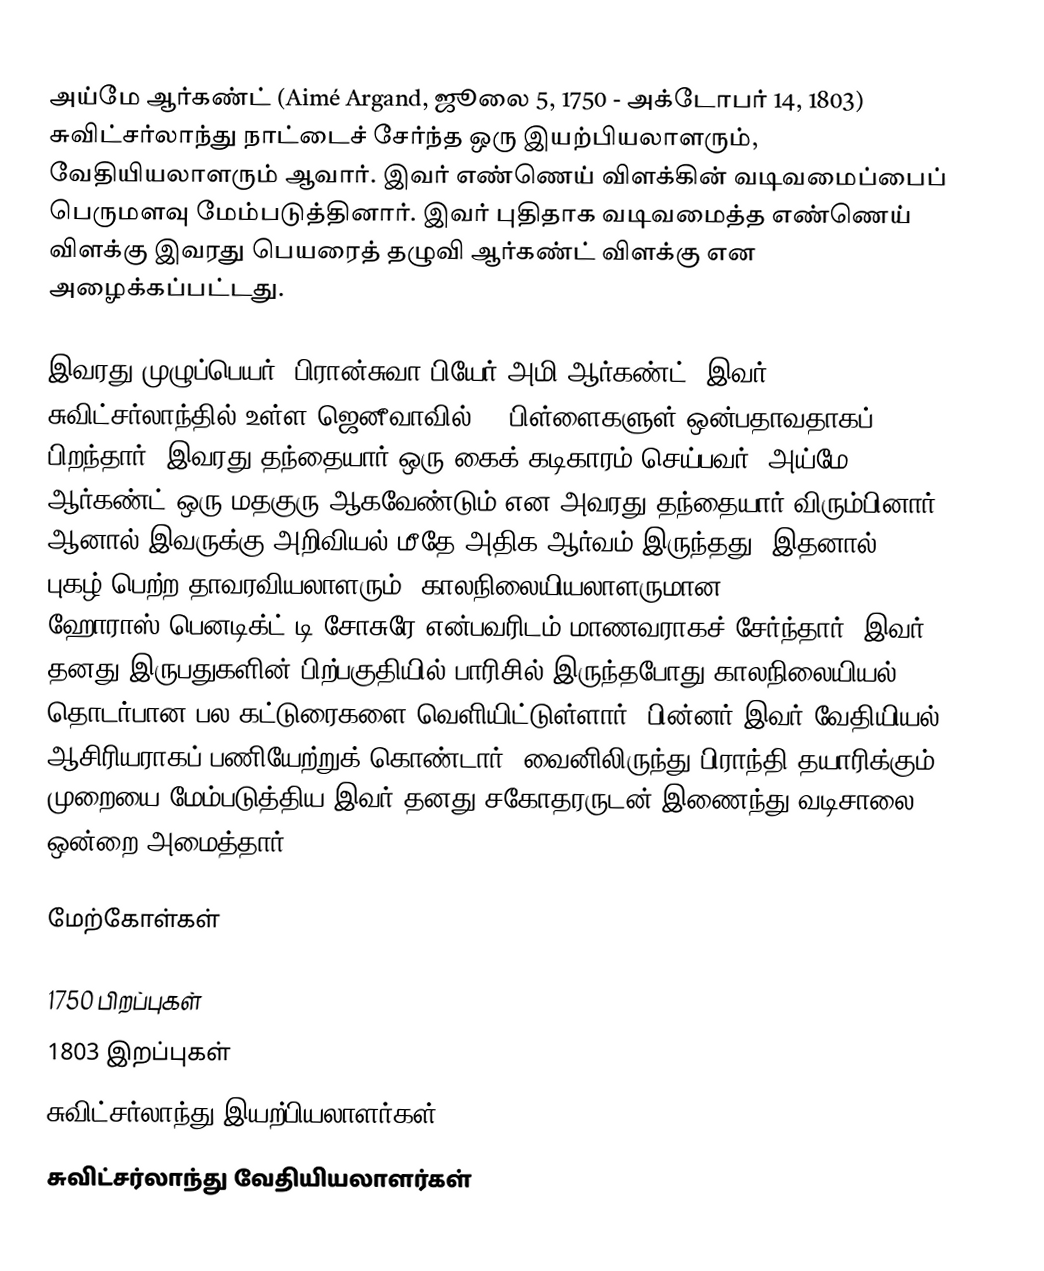
அய்மே ஆர்கண்ட் (Aimé Argand, ஜூலை 5, 1750 - அக்டோபர் 14, 1803) சுவிட்சர்லாந்து நாட்டைச் சேர்ந்த ஒரு இயற்பியலாளரும், வேதியியலாளரும் ஆவார். இவர் எண்ணெய் விளக்கின் வடிவமைப்பைப் பெருமளவு மேம்படுத்தினார். இவர் புதிதாக வடிவமைத்த எண்ணெய் விளக்கு இவரது பெயரைத் தழுவி ஆர்கண்ட் விளக்கு என அழைக்கப்பட்டது.

இவரது முழுப்பெயர், பிரான்சுவா பியேர் அமி ஆர்கண்ட். இவர் சுவிட்சர்லாந்தில் உள்ள ஜெனீவாவில் 10 பிள்ளைகளுள் ஒன்பதாவதாகப் பிறந்தார். இவரது தந்தையார் ஒரு கைக் கடிகாரம் செய்பவர். அய்மே ஆர்கண்ட் ஒரு மதகுரு ஆகவேண்டும் என அவரது தந்தையார் விரும்பினார். ஆனால் இவருக்கு அறிவியல் மீதே அதிக ஆர்வம் இருந்தது. இதனால், புகழ் பெற்ற தாவரவியலாளரும், காலநிலையியலாளருமான ஹோராஸ்-பெனடிக்ட் டி சோசுரே என்பவரிடம் மாணவராகச் சேர்ந்தார். இவர் தனது இருபதுகளின் பிற்பகுதியில் பாரிசில் இருந்தபோது காலநிலையியல் தொடர்பான பல கட்டுரைகளை வெளியிட்டுள்ளார். பின்னர் இவர் வேதியியல் ஆசிரியராகப் பணியேற்றுக் கொண்டார். வைனிலிருந்து பிராந்தி தயாரிக்கும் முறையை மேம்படுத்திய இவர் தனது சகோதரருடன் இணைந்து வடிசாலை ஒன்றை அமைத்தார்.

மேற்கோள்கள்

1750 பிறப்புகள்
1803 இறப்புகள்
சுவிட்சர்லாந்து இயற்பியலாளர்கள்
சுவிட்சர்லாந்து வேதியியலாளர்கள்